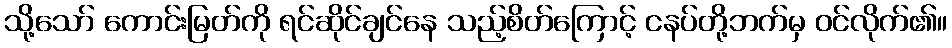
သို့သော် ကောင်းမြတ်ကို ရင်ဆိုင်ချင်နေ သည့်စိတ်ကြောင့် ငနပ်တို့ဘက်မှ ဝင်လိုက်၏။